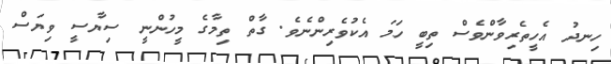
ހިނދު އެހީތެރިވާންވެސް ތިބީ ހަމަ އެކުވެރިންނެވެ. ގާތް ތިމާގެ މީހުންނީ ސިޔާސީ ވިޔަސް